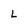
Character: L